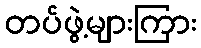
တပ်ဖွဲ့များကြား